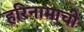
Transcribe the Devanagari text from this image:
हरिनामाची